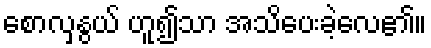
စောလှနွယ် ဟူ၍သာ အသိပေးခဲ့လေ၏။